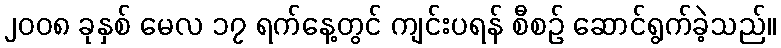
၂၀၀၈ ခုနှစ် မေလ ၁၇ ရက်နေ့တွင် ကျင်းပရန် စီစဉ် ဆောင်ရွက်ခဲ့သည်။